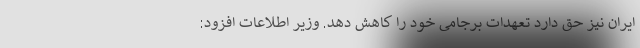
ایران نیز حق دارد تعهدات برجامی خود را کاهش دهد. وزیر اطلاعات افزود: